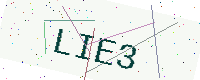
Text: LIE3